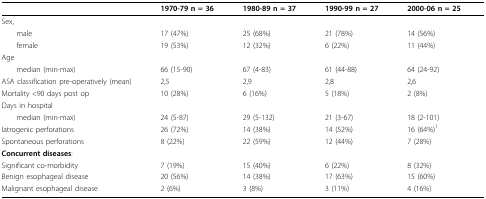
<table><thead><tr><td></td><td><b>1970-79 n = 36</b></td><td><b>1980-89 n = 37</b></td><td><b>1990-99 n = 27</b></td><td><b>2000-06 n = 25</b></td></tr></thead><tbody><tr><td>Sex,</td><td></td><td></td><td></td><td></td></tr><tr><td> male</td><td>17 (47%)</td><td>25 (68%)</td><td>21 (78%)</td><td>14 (56%)</td></tr><tr><td> female</td><td>19 (53%)</td><td>12 (32%)</td><td>6 (22%)</td><td>11 (44%)</td></tr><tr><td>Age</td><td></td><td></td><td></td><td></td></tr><tr><td> median (min-max)</td><td>66 (15-90)</td><td>67 (4-83)</td><td>61 (44-88)</td><td>64 (24-92)</td></tr><tr><td>ASA classification pre-operatively (mean)</td><td>2,5</td><td>2,9</td><td>2,8</td><td>2,6</td></tr><tr><td>Mortality &lt;90 days post op</td><td>10 (28%)</td><td>6 (16%)</td><td>5 (18%)</td><td>2 (8%)</td></tr><tr><td>Days in hospital</td><td></td><td></td><td></td><td></td></tr><tr><td> median (min-max)</td><td>24 (5-87)</td><td>29 (5-132)</td><td>21 (3-67)</td><td>18 (2-101)</td></tr><tr><td>Iatrogenic perforations</td><td>26 (72%)</td><td>14 (38%)</td><td>14 (52%)</td><td>16 (64%)<sup>1</sup></td></tr><tr><td>Spontaneous perforations</td><td>8 (22%)</td><td>22 (59%)</td><td>12 (44%)</td><td>7 (28%)</td></tr><tr><td><b>Concurrent diseases</b>:</td><td></td><td></td><td></td><td></td></tr><tr><td>Significant co-morbidity</td><td>7 (19%)</td><td>15 (40%)</td><td>6 (22%)</td><td>8 (32%)</td></tr><tr><td>Benign esophageal disease</td><td>20 (56%)</td><td>14 (38%)</td><td>17 (63%)</td><td>15 (60%)</td></tr><tr><td>Malignant esophageal disease</td><td>2 (6%)</td><td>3 (8%)</td><td>3 (11%)</td><td>4 (16%)</td></tr></tbody></table>